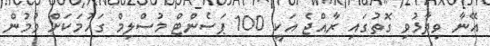
އޭނާ ވިދާޅުވި ގޮތުގައި ރާއްޖެ އަކީ 100 ޕަސެންޓް މުސްލިމް ގައުމަކަށް ވުމުން